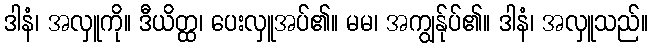
ဒါနံ၊ အလှူကို။ ဒီယိတ္ထ၊ ပေးလှူအပ်၏။ မမ၊ အကျွန်ုပ်၏။ ဒါနံ၊ အလှူသည်။